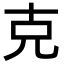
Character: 克